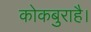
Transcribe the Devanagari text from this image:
कोकबुराहै।